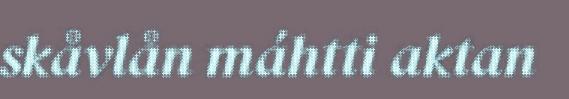
skåvlån máhtti aktan